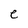
Character: e